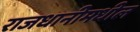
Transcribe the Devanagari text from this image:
राजधानीमधील